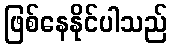
ဖြစ်နေနိုင်ပါသည်